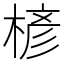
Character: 楌